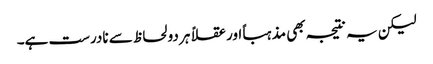
لیکن یہ نتیجہ بھی مذہباً اور عقلاً ہر دو لحاظ سے نادرست ہے۔